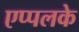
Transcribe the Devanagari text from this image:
एप्पलके